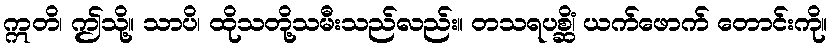
ဣတိ၊ ဤသို့။ သာပိ၊ ထိုသတို့သမီးသည်လည်း။ တသရပစ္ဆိံ၊ ယက်ဖောက် တောင်းကို။